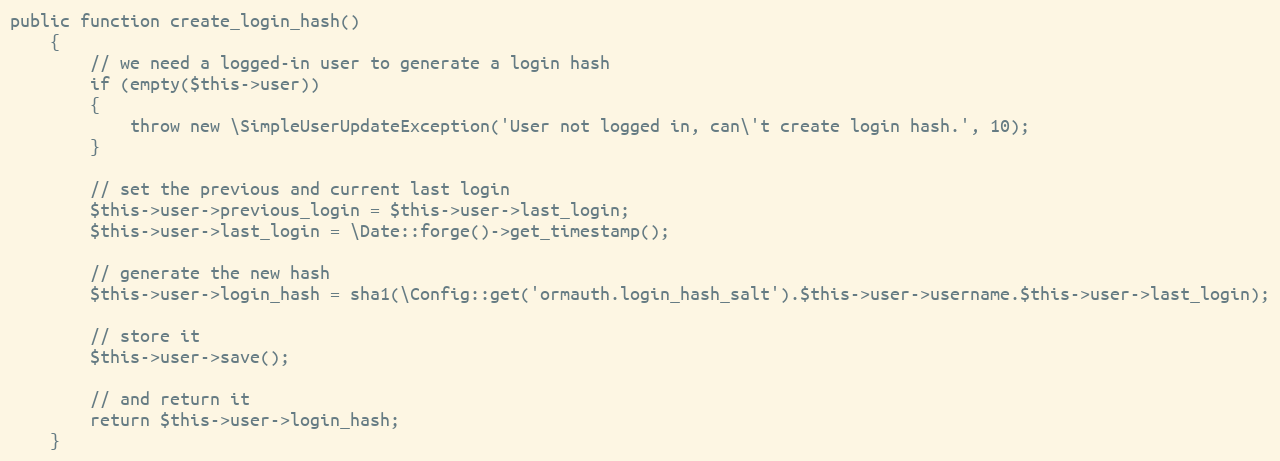
Language: PHP
public function create_login_hash()
	{
		// we need a logged-in user to generate a login hash
		if (empty($this->user))
		{
			throw new \SimpleUserUpdateException('User not logged in, can\'t create login hash.', 10);
		}

		// set the previous and current last login
		$this->user->previous_login = $this->user->last_login;
		$this->user->last_login = \Date::forge()->get_timestamp();

		// generate the new hash
		$this->user->login_hash = sha1(\Config::get('ormauth.login_hash_salt').$this->user->username.$this->user->last_login);

		// store it
		$this->user->save();

		// and return it
		return $this->user->login_hash;
	}